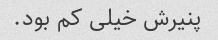
پنیرش خیلی کم بود.